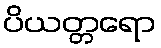
ပိယတ္တရော